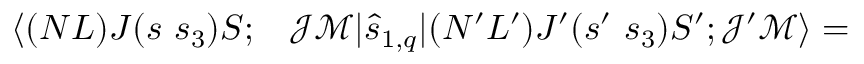
\begin{array} { r l } { \langle ( N L ) J ( s ~ s _ { 3 } ) S ; } & { { } \mathcal { J } \mathcal { M } | \hat { s } _ { 1 , q } | ( N ^ { \prime } L ^ { \prime } ) J ^ { \prime } ( s ^ { \prime } ~ s _ { 3 } ) S ^ { \prime } ; \mathcal { J } ^ { \prime } \mathcal { M } \rangle = } \end{array}